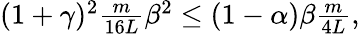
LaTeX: \begin{array}{r}{(1+\gamma)^{2}\frac{m}{16L}\beta^{2}\leq(1-\alpha)\beta\frac{m}{4L},}\end{array}